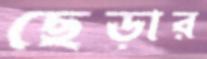
ছেড়ার